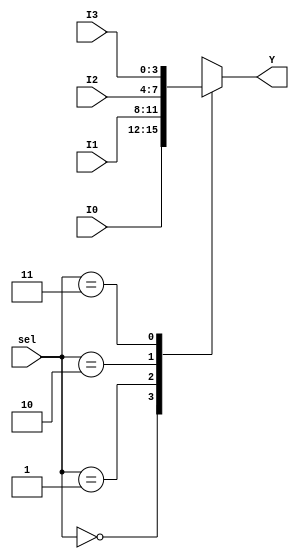
`timescale 1ns / 1ps
//////////////////////////////////////////////////////////////////////////////////
// Company: 
// Engineer: 
// 
// Design Name: 
// Module Name: mux4_1
// Project Name: 
// Target Devices: 
// Tool Versions: 
// Description: 
// 
// Dependencies: 
// 
// Revision:
// Revision 0.01 - File Created
// Additional Comments:
// 
//////////////////////////////////////////////////////////////////////////////////


module mux4_1(
    input [3:0] I0,
    input [3:0] I1,
    input [3:0] I2,
    input [3:0] I3,
    input [1:0] sel,
    output reg [3:0] Y
    );
   always@*
   case (sel)
        2'b00: Y = I0;
        2'b01: Y = I1;
        2'b10: Y = I2;
        2'b11: Y = I3;
    endcase
endmodule